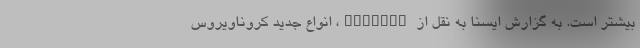
بیشتر است. به گزارش ایسنا به نقل از ctvnews، انواع جدید کروناویروس